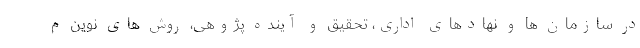
در سازمان ها و نهادهای اداری، تحقیق و آینده پژوهی، روش های نوین م